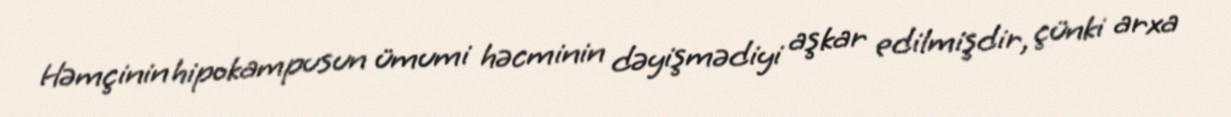
Həmçinin hipokampusun ümumi həcminin dəyişmədiyi aşkar edilmişdir, çünki arxa